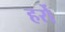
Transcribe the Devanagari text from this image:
हर्रो